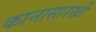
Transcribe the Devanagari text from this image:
कानासारखी